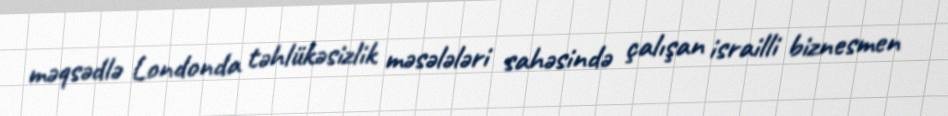
məqsədlə Londonda təhlükəsizlik məsələləri sahəsində çalışan israilli biznesmen